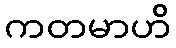
ကတမာဟိ